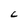
Character: C